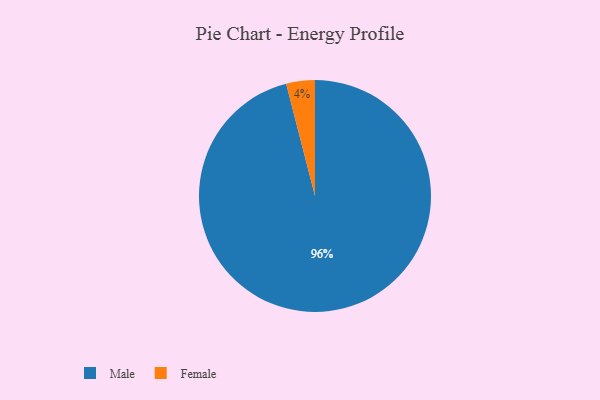
{"axis": {"x": "Category", "y": "Percentage"}, "legend": ["Female", "Male"], "data": [{"x": "Female", "y": 4, "type": "Female"}, {"x": "Male", "y": 96, "type": "Male"}]}